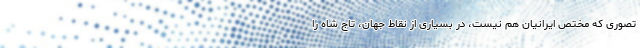
تصوری که مختص ایرانیان هم نیست، در بسیاری از نقاط جهان، تاج شاه را